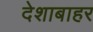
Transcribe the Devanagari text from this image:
देशाबाहर